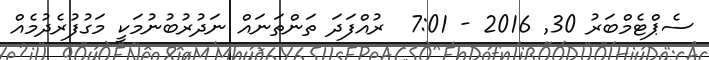
ސެޕްޓެމްބަރު 30